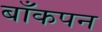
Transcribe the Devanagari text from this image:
बाँकपन